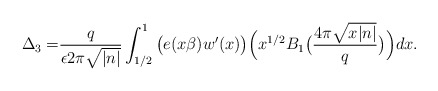
\begin{align*}\Delta_3=&\frac{q}{\epsilon2\pi\sqrt{|n|}}\int_{1/2}^{1}\big(e(x\beta)w'(x)\big)\Big(x^{1/2}B_1\big(\frac{4\pi\sqrt{x|n|}}{q}\big)\Big)dx.\end{align*}